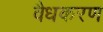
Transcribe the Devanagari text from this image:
वैधकरण